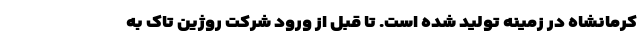
کرمانشاه در زمینه تولید شده است. تا قبل از ورود شرکت روژین تاک به